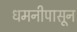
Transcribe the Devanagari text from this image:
धमनीपासून